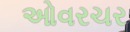
ઓવરચર